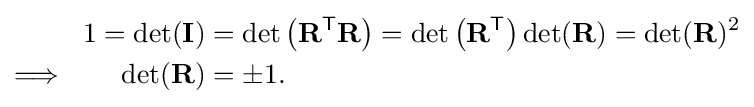
{\begin{aligned}1=\det(\mathbf {I} )&=\det \left(\mathbf {R} ^{\mathsf {T}}\mathbf {R} \right)=\det \left(\mathbf {R} ^{\mathsf {T}}\right)\det(\mathbf {R} )=\det(\mathbf {R} )^{2}\\\Longrightarrow \qquad \det(\mathbf {R} )&=\pm 1.\end{aligned}}